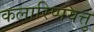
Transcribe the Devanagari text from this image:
कलारिप्पयत्तु